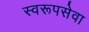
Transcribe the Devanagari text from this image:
स्वरूपसेवा